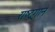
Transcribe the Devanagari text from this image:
राष्‍ट्रगान